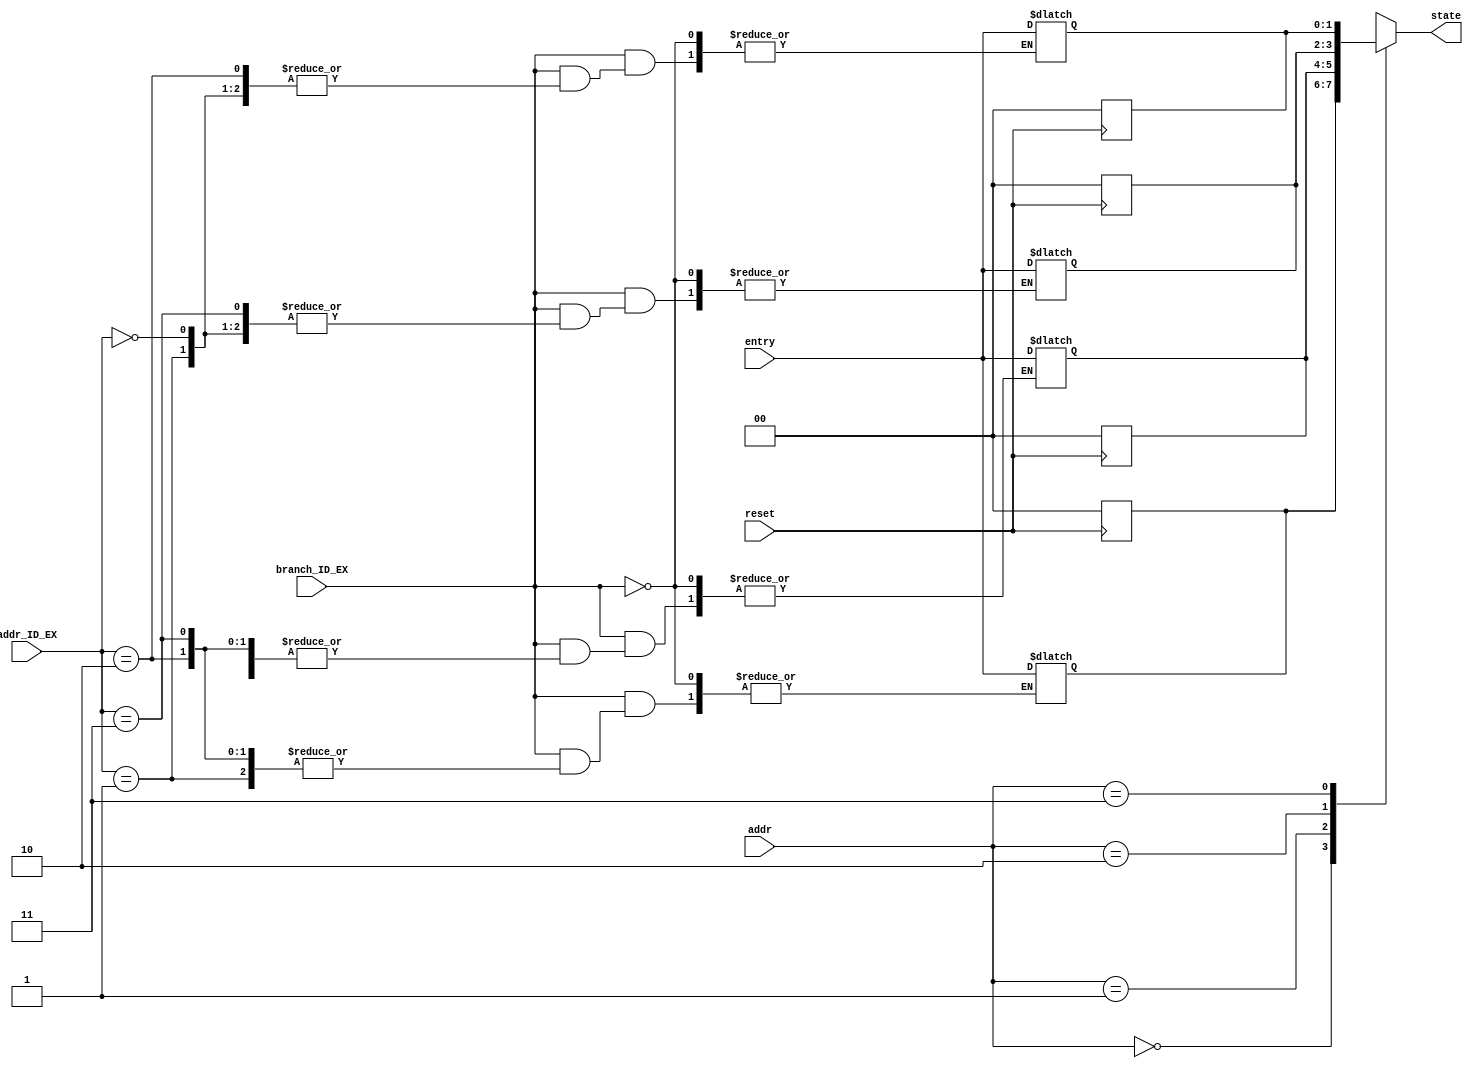
`timescale 1ns / 1ps
//////////////////////////////////////////////////////////////////////////////////
// Company: 
// Engineer: 
// 
// Design Name: 
// Module Name: Branch_table
// Project Name: 
// Target Devices: 
// Tool Versions: 
// Description: 
// 
// Dependencies: 
// 
// Revision:
// Revision 0.01 - File Created
// Additional Comments:
// 
//////////////////////////////////////////////////////////////////////////////////

module Branch_table(state,addr,addr_ID_EX,entry,branch_ID_EX,reset);
output [1:0]state;
input [1:0] addr,addr_ID_EX,entry;
input branch_ID_EX,reset;
        
reg [1:0]branchTable[3:0];

assign state = branchTable[addr];

always@(negedge reset)
begin
if(reset==0)
    begin
        branchTable[0] = 2'b00; 
        branchTable[1] = 2'b00; 
        branchTable[2] = 2'b00; 
        branchTable[3] = 2'b00;
    end
end
 
always@(*)
begin
    if(branch_ID_EX==1) branchTable[addr_ID_EX] = entry;
end
endmodule